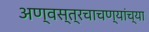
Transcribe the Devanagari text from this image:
अण्वस्त्रचाचण्यांच्या